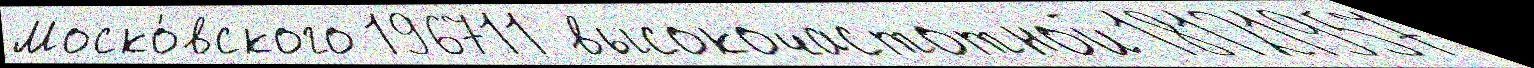
Моско́вского 196711 высокочастотной 18121957